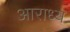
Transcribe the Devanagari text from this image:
अाराध्य